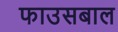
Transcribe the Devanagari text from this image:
फाउसबाल